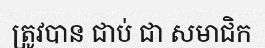
ត្រូវបាន ជាប់ ជា សមាជិក